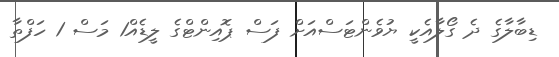
ޑިބާލާގެ ދެ ގޯލާއެކީ ޔުވެންޓަސްއަށް ފަސް ޕޮއިންޓްގެ ލީޑެއް1 މަސް 1 ހަފްތާ